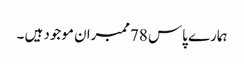
ہمارے پاس 78ممبران موجود ہیں ۔